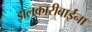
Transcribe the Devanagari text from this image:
झलकारीबाईंना